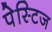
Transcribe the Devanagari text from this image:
पेस्टिज